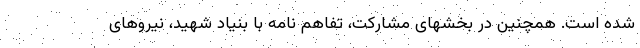
شده است. همچنین در بخشهای مشارکت، تفاهم نامه با بنیاد شهید، نیروهای